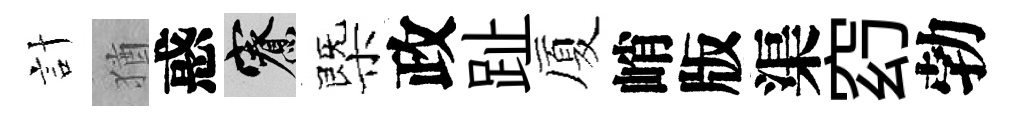
計猶惑寮㮣政趾厦峭版渠𥥆勃